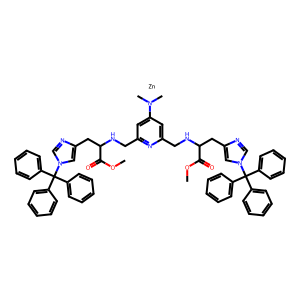
SMILES: COC(=O)C(Cc1cn(C(c2ccccc2)(c2ccccc2)c2ccccc2)cn1)NCc1cc(N(C)C)cc(CNC(Cc2cn(C(c3ccccc3)(c3ccccc3)c3ccccc3)cn2)C(=O)OC)n1.[Zn]
Inhibits HIV replication: No